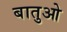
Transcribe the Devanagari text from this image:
बातुओ